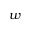
w